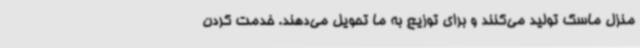
منزل ماسک تولید می‌کنند و برای توزیع به ما تحویل می‌دهند. خدمت کردن